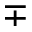
\mp